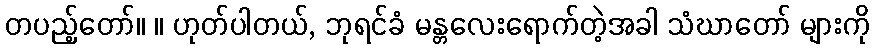
တပည့်တော်။ ။ ဟုတ်ပါတယ်, ဘုရင်ခံ မန္တလေးရောက်တဲ့အခါ သံဃာတော် များကို